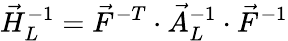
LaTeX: \vec{H}_{L}^{-1}=\vec{F}^{-T}\cdot\vec{A}_{L}^{-1}\cdot\vec{F}^{-1}